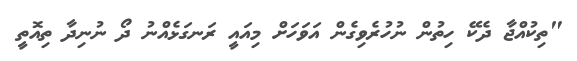
"ތިކުއްޖާ ދެކޭ ހިތުން ނުހުރެވިގެން އަވަހަށް މިއައީ ރަނގަޅެއްނު ދޯ ނުނިދާ ތިއޮތީ